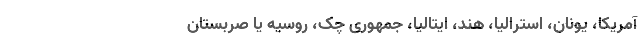
آمریکا، یونان، استرالیا، هند، ایتالیا، جمهوری چک، روسیه یا صربستان